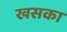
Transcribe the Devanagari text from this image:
खसका